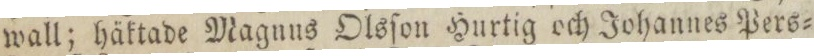
wall; häktade Magnus Olsſon Hurtig och Johannes Pers=